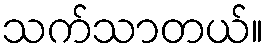
သက်သာတယ်။